Civil Veterinary Department Bihar & Orissa reports 1929-36 - 1929-1936
Year: 1929
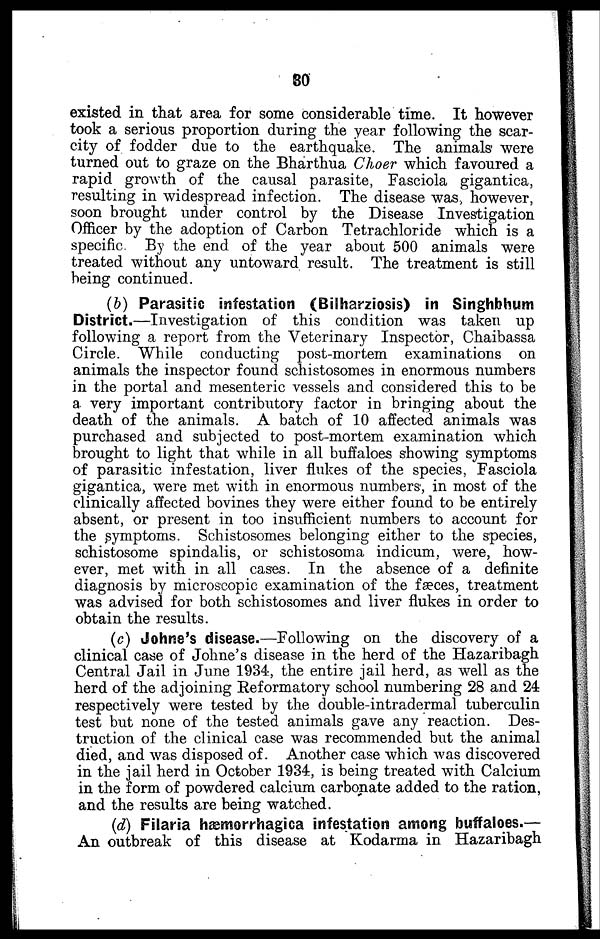
80
existed in that area for some considerable time. It however
took a serious proportion during the year following the scar-
city of fodder due to the earthquake. The animals were
turned out to graze on the Bharthua Choer which favoured a
rapid growth of the causal parasite, Fasciola gigantica,
resulting in widespread infection. The disease was however,
soon brought under control by the Disease Investigation
Officer by the adoption of Carbon Tetrachloride which is a
specific. By the end of the year about 500 animals were
treated without any untoward result. The treatment is still
being continued.
(b) Parasitic infestation (Bilharziosis) in Singhbhum
District.—Investigation of this condition was taken up
following a report from the Veterinary Inspector, Chaibassa
Circle. While conducting post-mortem examinations on
animals the inspector found schistosomes in enormous numbers
in the portal and mesenteric vessels and considered this to be
a very important contributory factor in bringing about the
death of the animals. A batch of 10 affected animals was
purchased and subjected to post-mortem examination which
brought to light that while in all buffaloes showing symptoms
of parasitic infestation, liver flukes of the species, Fasciola
gigantica, were met with in enormous numbers, in most of the
clinically affected bovines they were either found to be entirely
absent, or present in too insufficient numbers to account for
the symptoms. Schistosomes belonging either to the species,
schistosome spindalis, or schistosoma indicum, were, how-
ever, met with in all cases. In the absence of a definite
diagnosis by microscopic examination of the fæces, treatment
was advised for both schistosomes and liver flukes in order to
obtain the results.
(c) Johne's disease.—Following on the discovery of a
clinical case of Johne's disease in the herd of the Hazaribagh
Central Jail in June 1934, the entire jail herd, as well as the
herd of the adjoining Reformatory school numbering 28 and 24
respectively were tested by the double-intradermal tuberculin
test but none of the tested animals gave any reaction. Des-
truction of the clinical case was recommended but the animal
died, and was disposed of. Another case which was discovered
in the jail herd in October 1934, is being treated with Calcium
in the form of powdered calcium carbonate added to the ration,
and the results are being watched.
(d) Filaria hæmorrhagica infestation among buffaloes.—
An outbreak of this disease at Kodarma in Hazaribagh